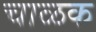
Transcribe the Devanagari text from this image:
चाळक